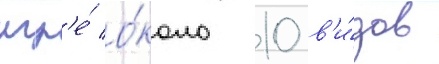
игр'е́ о́коло 10 в'и́дов